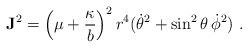
LaTeX: \begin{align*}{\bf J}^2 = \left(\mu + {\kappa \over b}\right)^2 r^4 (\dot\theta^2 + \sin^2 \theta\, \dot\phi^2) \, \,.\end{align*}